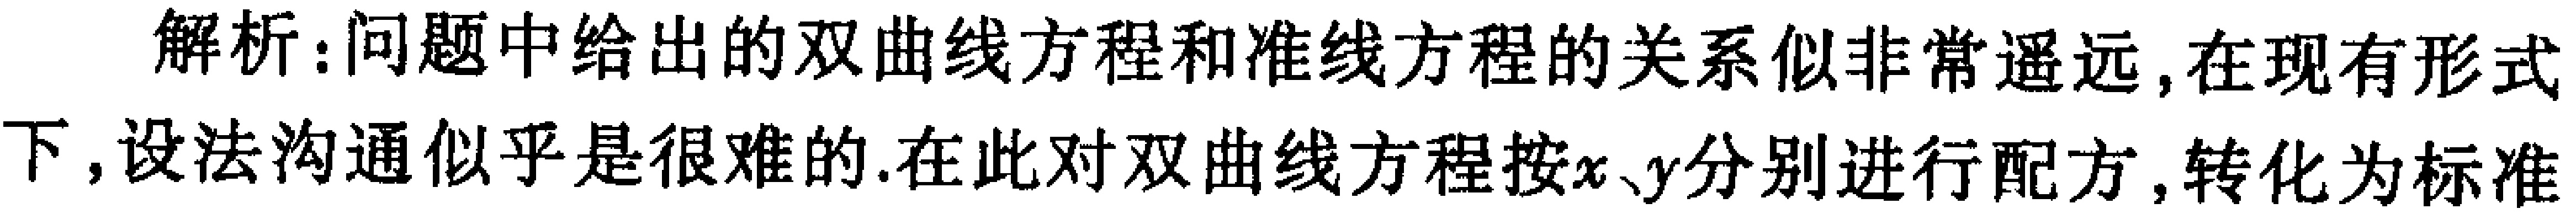
解析：问题中给出的双曲线方程和准线方程的关系似非非常遥远,在现有形式下,设法沟通似乎是很难的.在此对双曲线方程按\(x、y\)分别进行配方,转化为标准